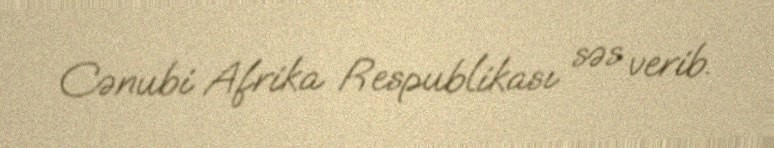
Cənubi Afrika Respublikası səs verib.